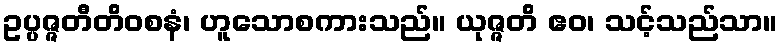
ဥပ္ပဇ္ဇတီတိဝစနံ၊ ဟူသောစကားသည်။ ယုဇ္ဇတိ ဧဝ၊ သင့်သည်သာ။